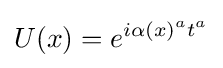
U(x)=e^{i\alpha (x)^{a}t^{a}}